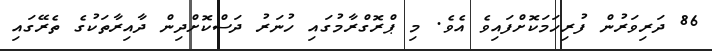
86 ދަރިވަރުން ފުރިހަމަކޮށްފައިވެ އެވެ. މި ޕްރޮގްރާމުގައި ހުނަރު ދަސްކޮށްދިން ދާއިރާތަކުގެ ތެރޭގައި